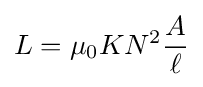
L=\mu _{0}KN^{2}{\frac {A}{\ell }}